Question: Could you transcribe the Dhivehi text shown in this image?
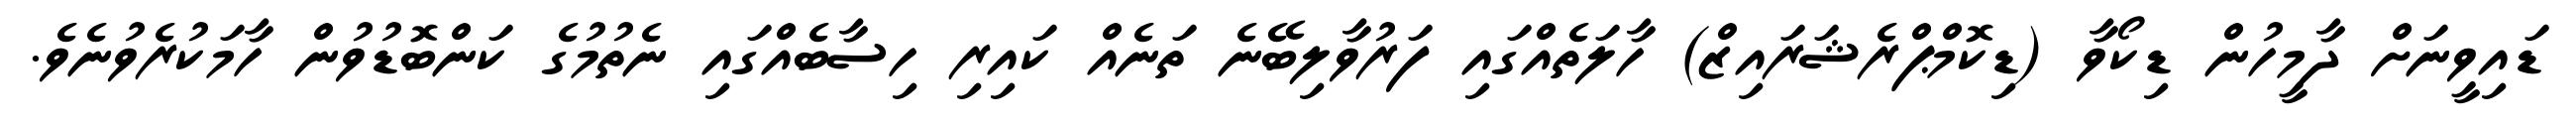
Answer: ޑައިވީނަށް ދާމީހުން ޑިކޯވާ (ޑިކޮމްޕްރެޝަރައިޒް) ހާލަތެއްގައި ފަރުވާލިބޭނެ ތަނެއް ކައިރި ހިސާބެއްގައި ނެތުމުގެ ކަންބޮޑުވުން ހާމަކުރެވުނެވެ.